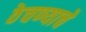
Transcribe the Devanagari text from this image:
ठेचण्याचे